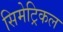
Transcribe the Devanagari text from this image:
सिमेट्रिकल